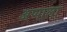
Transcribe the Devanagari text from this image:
अप्पाला